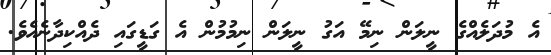
އެ މުދަލެއްގެ ނީލަން ނިމޭ އަގު ނީލަން ނިމުމުން އެ ގަޑީގައި ދެއްކިދާނެއެވެ.